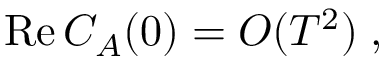
\mathrm { R e } \, C _ { A } ( 0 ) = { \cal O } ( T ^ { 2 } ) \; ,